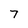
Character: 7